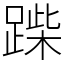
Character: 䠕